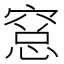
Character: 𥧁